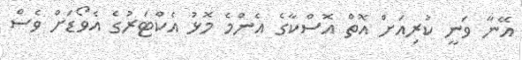
އޭނާ ވަނީ ކުރިއަށް އޮތް އޮސްކާގެ އެންމެ މޮޅު އެކްޓަރުގެ އެވޯޑަށް ވެސް